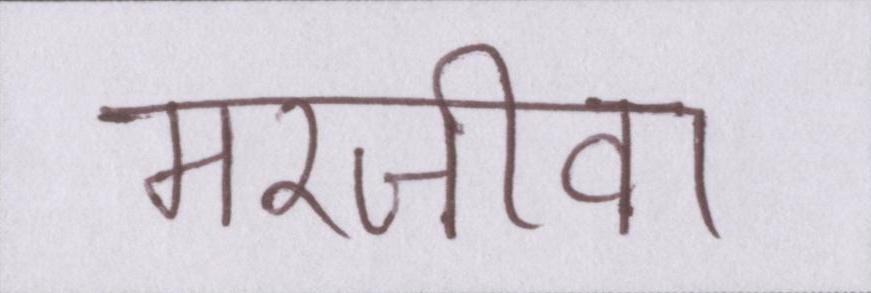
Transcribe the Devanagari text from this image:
मरजीवा